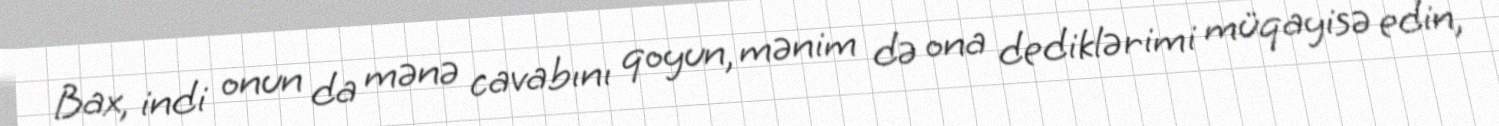
Bax, indi onun da mənə cavabını qoyun, mənim də ona dediklərimi müqayisə edin,